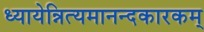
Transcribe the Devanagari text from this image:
ध्यायेन्नित्यमानन्दकारकम्